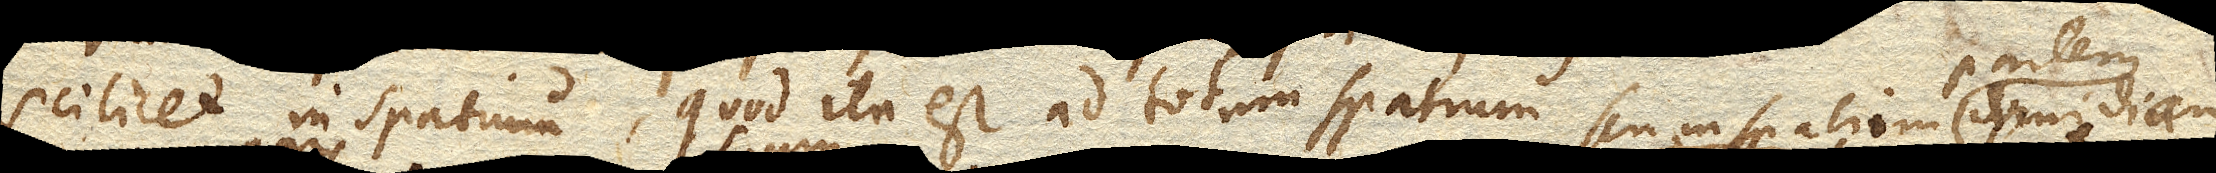
scilicet in spatium, quod ita est ad totum spatium seu in spatium dimidium